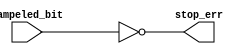
module stop_checker(sampeled_bit,stop_err);
input sampeled_bit;
output stop_err;
assign stop_err=~sampeled_bit;
endmodule